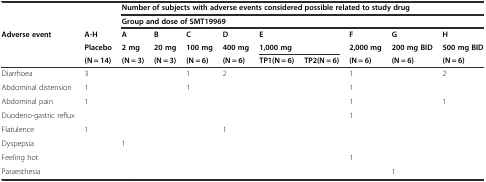
|  |  | <COLSPAN=9> Number of subjects with adverse events considered possible related to study drug |
 |  |  | <COLSPAN=9> Group and dose of SMT19969 |
 | <ROWSPAN=3> Adverse event | A-H | A | B | C | D | <COLSPAN=2> E | F | G | H |
 | Placebo | 2 mg | 20 mg | 100 mg | 400 mg | <COLSPAN=2> 1,000 mg | 2,000 mg | 200 mg BID | 500 mg BID |
 | (N = 14) | (N = 3) | (N = 3) | (N = 6) | (N = 6) | TP1(N = 6) | TP2(N = 6) | (N = 6) | (N = 6) | (N = 6) |
 | --- | --- | --- | --- | --- | --- | --- | --- | --- | --- | --- |
 | Diarrhoea | 3 |  |  | 1 | 2 |  |  | 1 |  | 2 |
 | Abdominal distension | 1 |  |  | 1 |  |  |  | 1 |  |  |
 | Abdominal pain | 1 |  |  |  |  |  |  | 1 |  | 1 |
 | Duodeno-gastric reflux |  |  |  |  |  |  |  | 1 |  |  |
 | Flatulence | 1 |  |  |  | 1 |  |  |  |  |  |
 | Dyspepsia |  | 1 |  |  |  |  |  |  |  |  |
 | Feeling hot |  |  |  |  |  |  |  | 1 |  |  |
 | Paraesthesia |  |  |  |  |  |  |  |  | 1 |  |